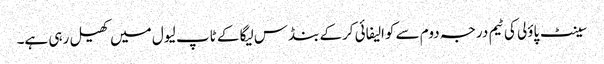
سینٹ پاؤلی کی ٹیم درجہ دوم سے کوالیفائی کرکے بنڈس لیگا کے ٹاپ لیول میں کھیل رہی ہے۔